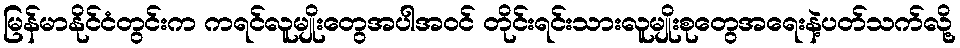
မြန်မာနိုင်ငံတွင်းက ကရင်လူမျိုးတွေအပါအဝင် တိုင်းရင်းသားလူမျိုးစုတွေအရေးနဲ့ပတ်သက်လို့